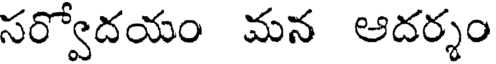
సర్వోదయం మన ఆదర్శం